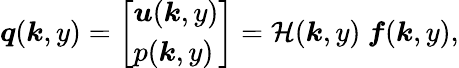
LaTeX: \boldsymbol{q}(\boldsymbol{k},y)=\left[\begin{array}{l}{\boldsymbol{u}(\boldsymbol{k},y)}\\ {p(\boldsymbol{k},y)}\end{array}\right]=\mathcal{H}(\boldsymbol{k},y)~\boldsymbol{f}(\boldsymbol{k},y),